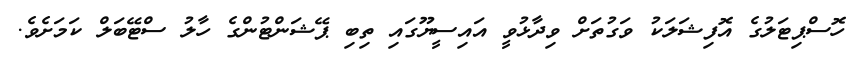
ހޮސްޕިޓަލުގެ އޮފިޝަލަކު ވަގުތަށް ވިދާޅުވީ އައިސީޔޫގައި ތިބި ޕޭޝަންޓުންގެ ހާލު ސްޓޭބަލް ކަމަށެވެ.